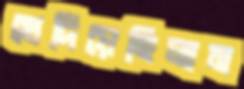
খেদিয়েছিলাম